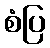
စံပြ